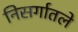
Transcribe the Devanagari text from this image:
निसर्गातले